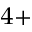
^ { 4 + }